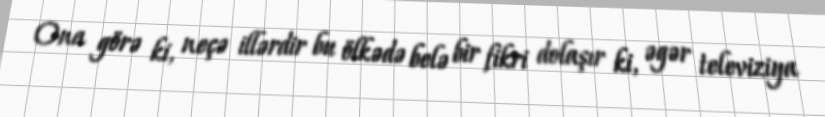
Ona görə ki, neçə illərdir bu ölkədə belə bir fikri dolaşır ki, əgər televiziya